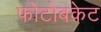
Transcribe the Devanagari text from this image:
फोटोबकेट